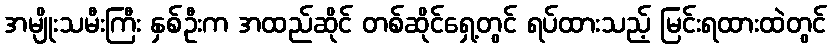
အမျိုးသမီးကြီး နှစ်ဦးက အထည်ဆိုင် တစ်ဆိုင်ရှေ့တွင် ရပ်ထားသည့် မြင်းရထားထဲတွင်